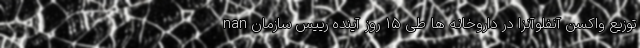
nan توزیع واکسن آنفلوآنزا در داروخانه ها طی ۱۵ روز آینده رییس سازمان